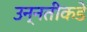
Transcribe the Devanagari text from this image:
उन्‍नतीकडे